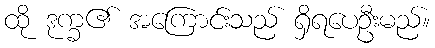
ထို ဒုက္ခ၏ အကြောင်းသည် ရှိရပေဦးမည်။